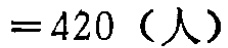
$=420 \text{（人）}$